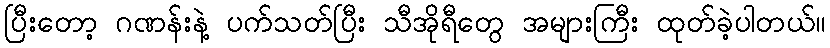
ပြီးတော့ ဂဏန်းနဲ့ ပက်သတ်ပြီး သီအိုရီတွေ အများကြီး ထုတ်ခဲ့ပါတယ်။